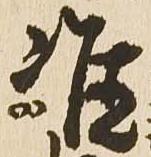
准